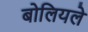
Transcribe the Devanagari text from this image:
बोलियले